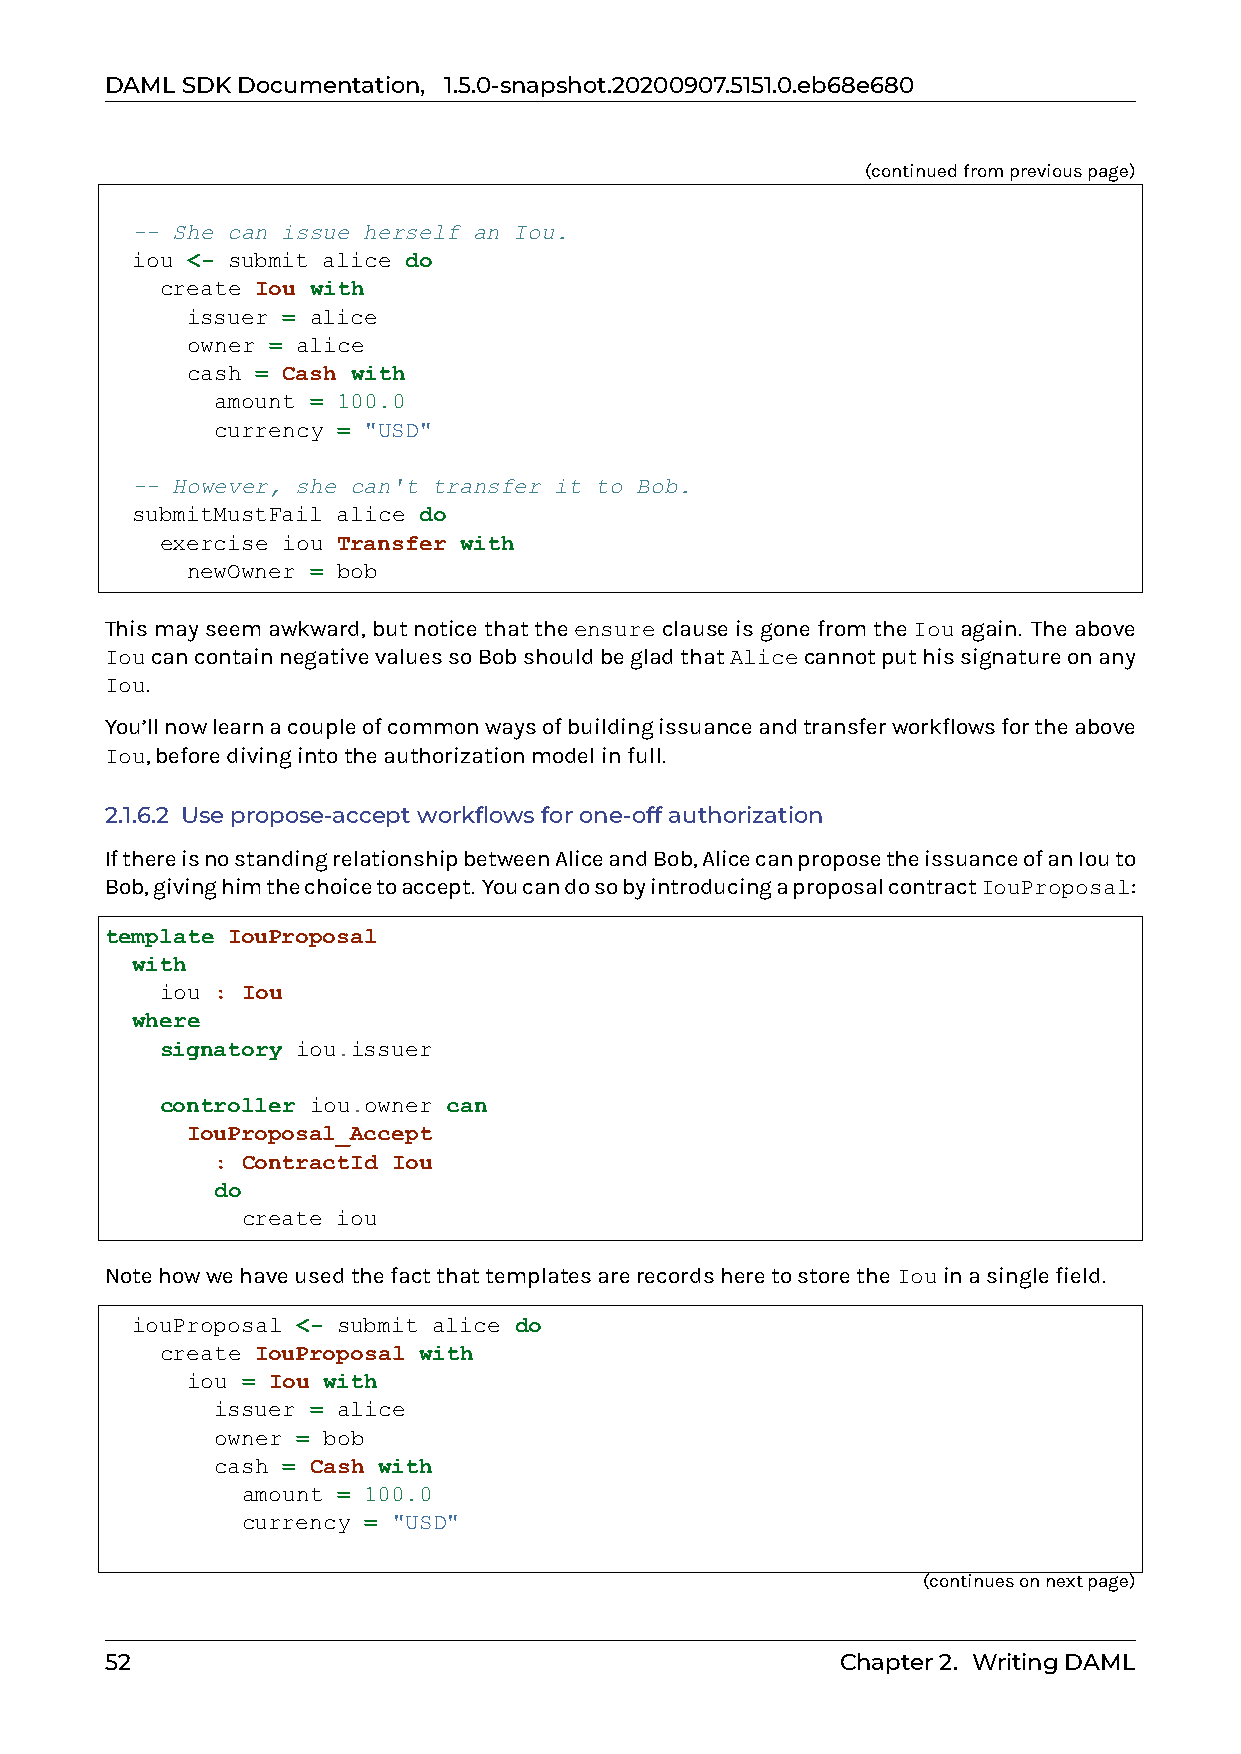
DAMLSDKDocumentation, 1.5.0-snapshot.20200907.5151.0.eb68e680
 (continuedfrompreviouspage)
 -- She can issue herself an Iou.
 iou <- submit alice do
 create Iou with
 issuer = alice
 owner = alice
 cash = Cash with
 amount = 100.0
 currency = "USD"
 -- However, she can't transfer it to Bob.
 submitMustFail alice do
 exercise iou Transfer with
 newOwner = bob
 Thismayseemawkward,butnoticethattheensureclauseisgonefromtheIouagain. Theabove
 IoucancontainnegativevaluessoBobshouldbegladthatAlicecannotputhissignatureonany
 Iou.
 You’llnowlearnacoupleofcommonwaysofbuildingissuanceandtransferworkflowsfortheabove
 Iou,beforedivingintotheauthorizationmodelinfull.
 2.1.6.2 Usepropose-acceptworkflowsforone-offauthorization
 IfthereisnostandingrelationshipbetweenAliceandBob,AlicecanproposetheissuanceofanIouto
 Bob,givinghimthechoicetoaccept. YoucandosobyintroducingaproposalcontractIouProposal:
 template IouProposal
 with
 iou : Iou
 where
 signatory iou.issuer
 controller iou.owner can
 IouProposal_Accept
 : ContractId Iou
 do
 create iou
 NotehowwehaveusedthefactthattemplatesarerecordsheretostoretheIouinasinglefield.
 iouProposal <- submit alice do
 create IouProposal with
 iou = Iou with
 issuer = alice
 owner = bob
 cash = Cash with
 amount = 100.0
 currency = "USD"
 (continuesonnextpage)
 52                                               Chapter2. WritingDAML